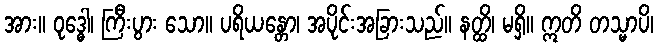
အား။ ဝုဒ္ဓေါ၊ ကြီးပွား သော။ ပရိယန္တော၊ အပိုင်းအခြားသည်။ နတ္ထိ၊ မရှိ။ ဣတိ တသ္မာပိ၊